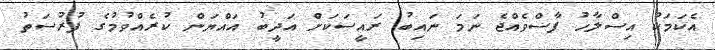
އެކަމަކު އިސްލާހު ފާސްވެއްޖެ ނަމަ ނައިބު ރައީސަކަށް އަދީބު އައްޔަން ކުރެއްވުމުގެ ފުރުސަތު